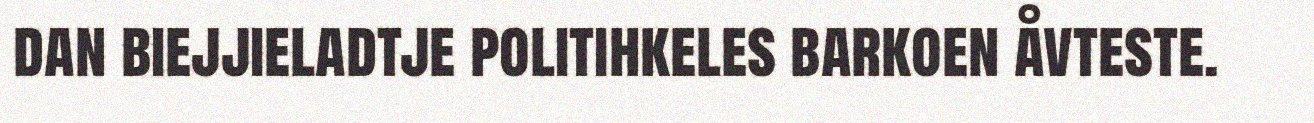
dan biejjieladtje politihkeles barkoen åvteste.